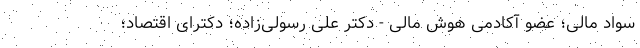
سواد مالی؛ عضو آکادمی هوش مالی - دکتر علی رسولی‌زاده؛ دکترای اقتصاد؛